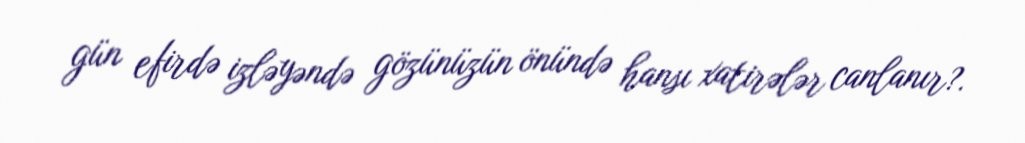
gün efirdə izləyəndə gözünüzün önündə hansı xatirələr canlanır?.